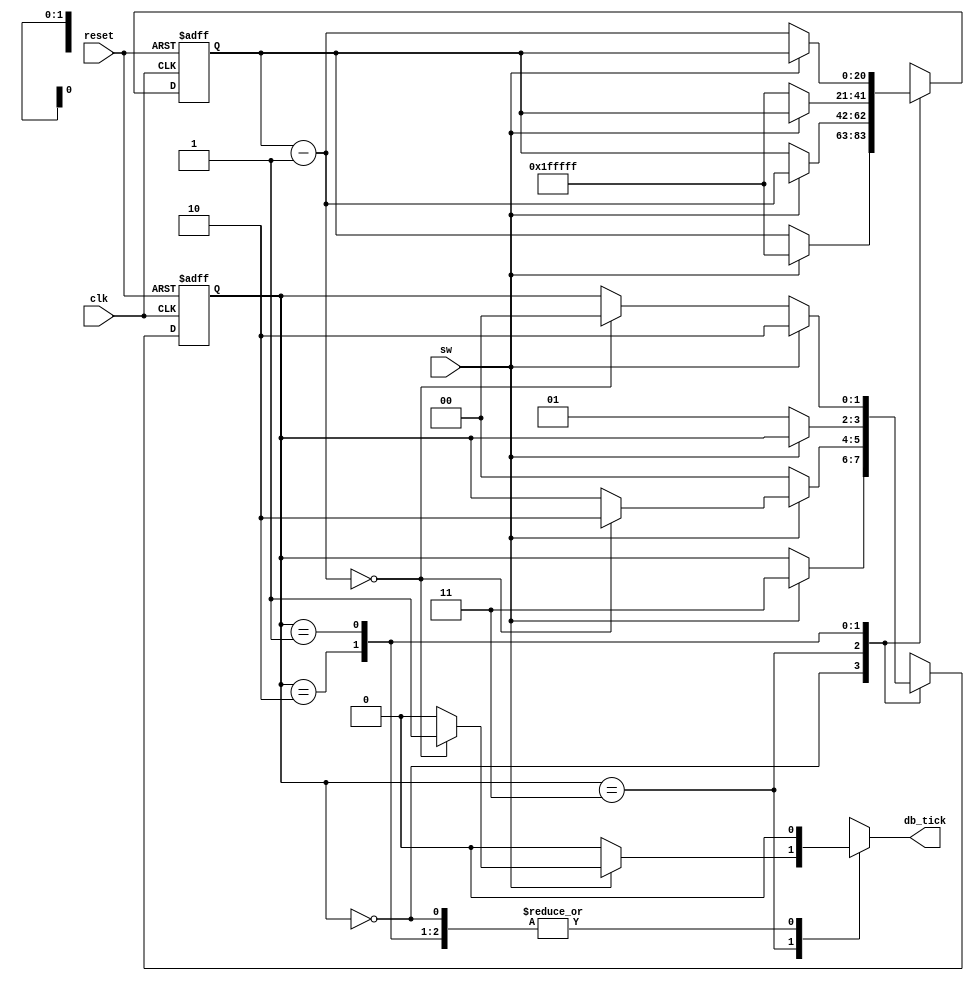
`timescale 1ns / 1ps
//////////////////////////////////////////////////////////////////////////////////
// Company: 
// Engineer: 
// 
// Design Name: 
// Module Name: debounce
// Project Name: 
// Target Devices: 
// Tool Versions: 
// Description: 
// 
// Dependencies: 
// 
// Revision:
// Revision 0.01 - File Created
// Additional Comments:
// 
//////////////////////////////////////////////////////////////////////////////////


module debounce_chu(
	input clk,
	input reset,
	input sw,
	output reg  db_tick
	);
	
	// symbolic state declaration
	parameter [1:0] 
				zero  = 2'b00,
				wait0 = 2'b01,
				one   = 2'b10,
				wait1 = 2'b11;
				
	// number of counter bits
	parameter N = 21;
	
	// signal declaration
	reg [N-1:0] q_reg, q_next;
	reg [1:0] state_reg, state_next;
	
	// body
	// fsmd state & data registers
	always @(posedge clk or posedge reset)
		if(reset)
			begin
				state_reg <= zero;
				q_reg <= 0;
			end
		else
			begin
				state_reg <= state_next;
				q_reg <= q_next;
			end
	
	// next-state logic & data path functional units/routing
	always @*
	begin
		state_next = state_reg;
		q_next = q_reg;
		db_tick = 1'b0;
		case(state_reg)
			
			zero : 
				begin

					if(sw)
						begin
							state_next = wait1;
							q_next = {N{1'b1}};	// load all 1's
						end
				end
			
			wait1 :
				begin

					if(sw)
						begin
							
							q_next = q_reg - 1;
							if(q_next == 0)
								begin
									state_next = one;
									db_tick = 1'b1;
								end
						end
					else	// sw == 0
						state_next = zero;
				end
			
			one :
				begin

					if(~sw)
						begin
							state_next = wait0;
							q_next = {N{1'b1}};		// load all 1's
						end
				end		
	
			wait0 :
				begin

					if(~sw)
						begin
							q_next = q_reg - 1;
							if(q_next == 0)
								state_next = zero;
						end
					else 	// sw == 1
						state_next = one;
				end
				
			default : state_next = zero;
		endcase
	end
endmodule